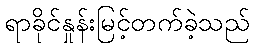
ရာခိုင်နှုန်းမြင့်တက်ခဲ့သည်